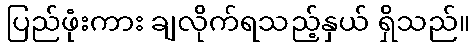
ပြည်ဖုံးကား ချလိုက်ရသည့်နှယ် ရှိသည်။